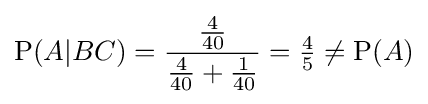
\mathrm {P} (A|BC)={\frac {\frac {4}{40}}{{\frac {4}{40}}+{\frac {1}{40}}}}={\tfrac {4}{5}}\neq \mathrm {P} (A)